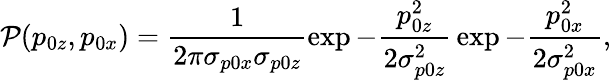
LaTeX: \mathcal{P}(p_{0z},p_{0x})=\frac{1}{2\pi\sigma_{p0x}\sigma_{p0z}}\exp{-\frac{p_{0z}^{2}}{2\sigma_{p0z}^{2}}}\exp{-\frac{p_{0x}^{2}}{2\sigma_{p0x}^{2}}},